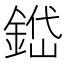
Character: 𨨐